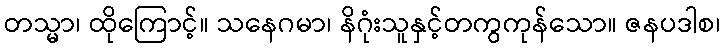
တသ္မာ၊ ထိုကြောင့်။ သနေဂမာ၊ နိဂုံးသူနှင့်တကွကုန်သော။ ဇနပဒါစ၊